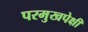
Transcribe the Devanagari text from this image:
परमुखपेक्षी